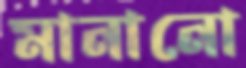
মানানো